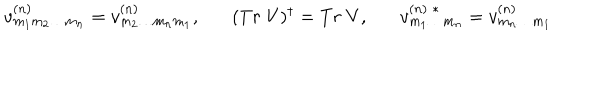
v _ { m _ { 1 } m _ { 2 } \ldots m _ { n } } ^ { ( n ) } = v _ { m _ { 2 } \ldots m _ { n } m _ { 1 } } ^ { ( n ) } , ( T r \; V ) ^ { \dagger } = T r \; V , v _ { m _ { 1 } \ldots m _ { n } } ^ { ( n ) \; * } = v _ { m _ { n } \ldots m _ { 1 } } ^ { ( n ) }